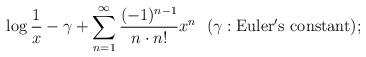
LaTeX: \begin{align*}\log \frac{1}{x}-\gamma+\sum_{n=1}^{\infty} \frac{(-1)^{n-1}}{n\cdot n!}x^{n}\ \ (\gamma: \rm{Euler's\ constant});\end{align*}